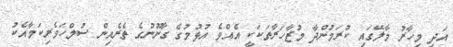
އަދި މިހާރު މާލޭގައި ކުރަމުންދާ މުޒާހަރާތަކަކީ އެއްވެ އުޅުމުގެ ގާނޫނުގެ ތެރެއިން ސުލްހަވެރިކަމާއެކު